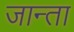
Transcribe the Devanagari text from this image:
जान्ता